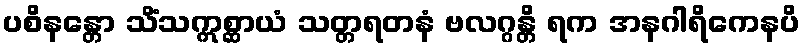
ပစိနန္တော သိံသဣစ္ဆာယံ သတ္တရတနံ ဗလဂ္ဂန္တိ ရက အနဂါရိကေနပိ